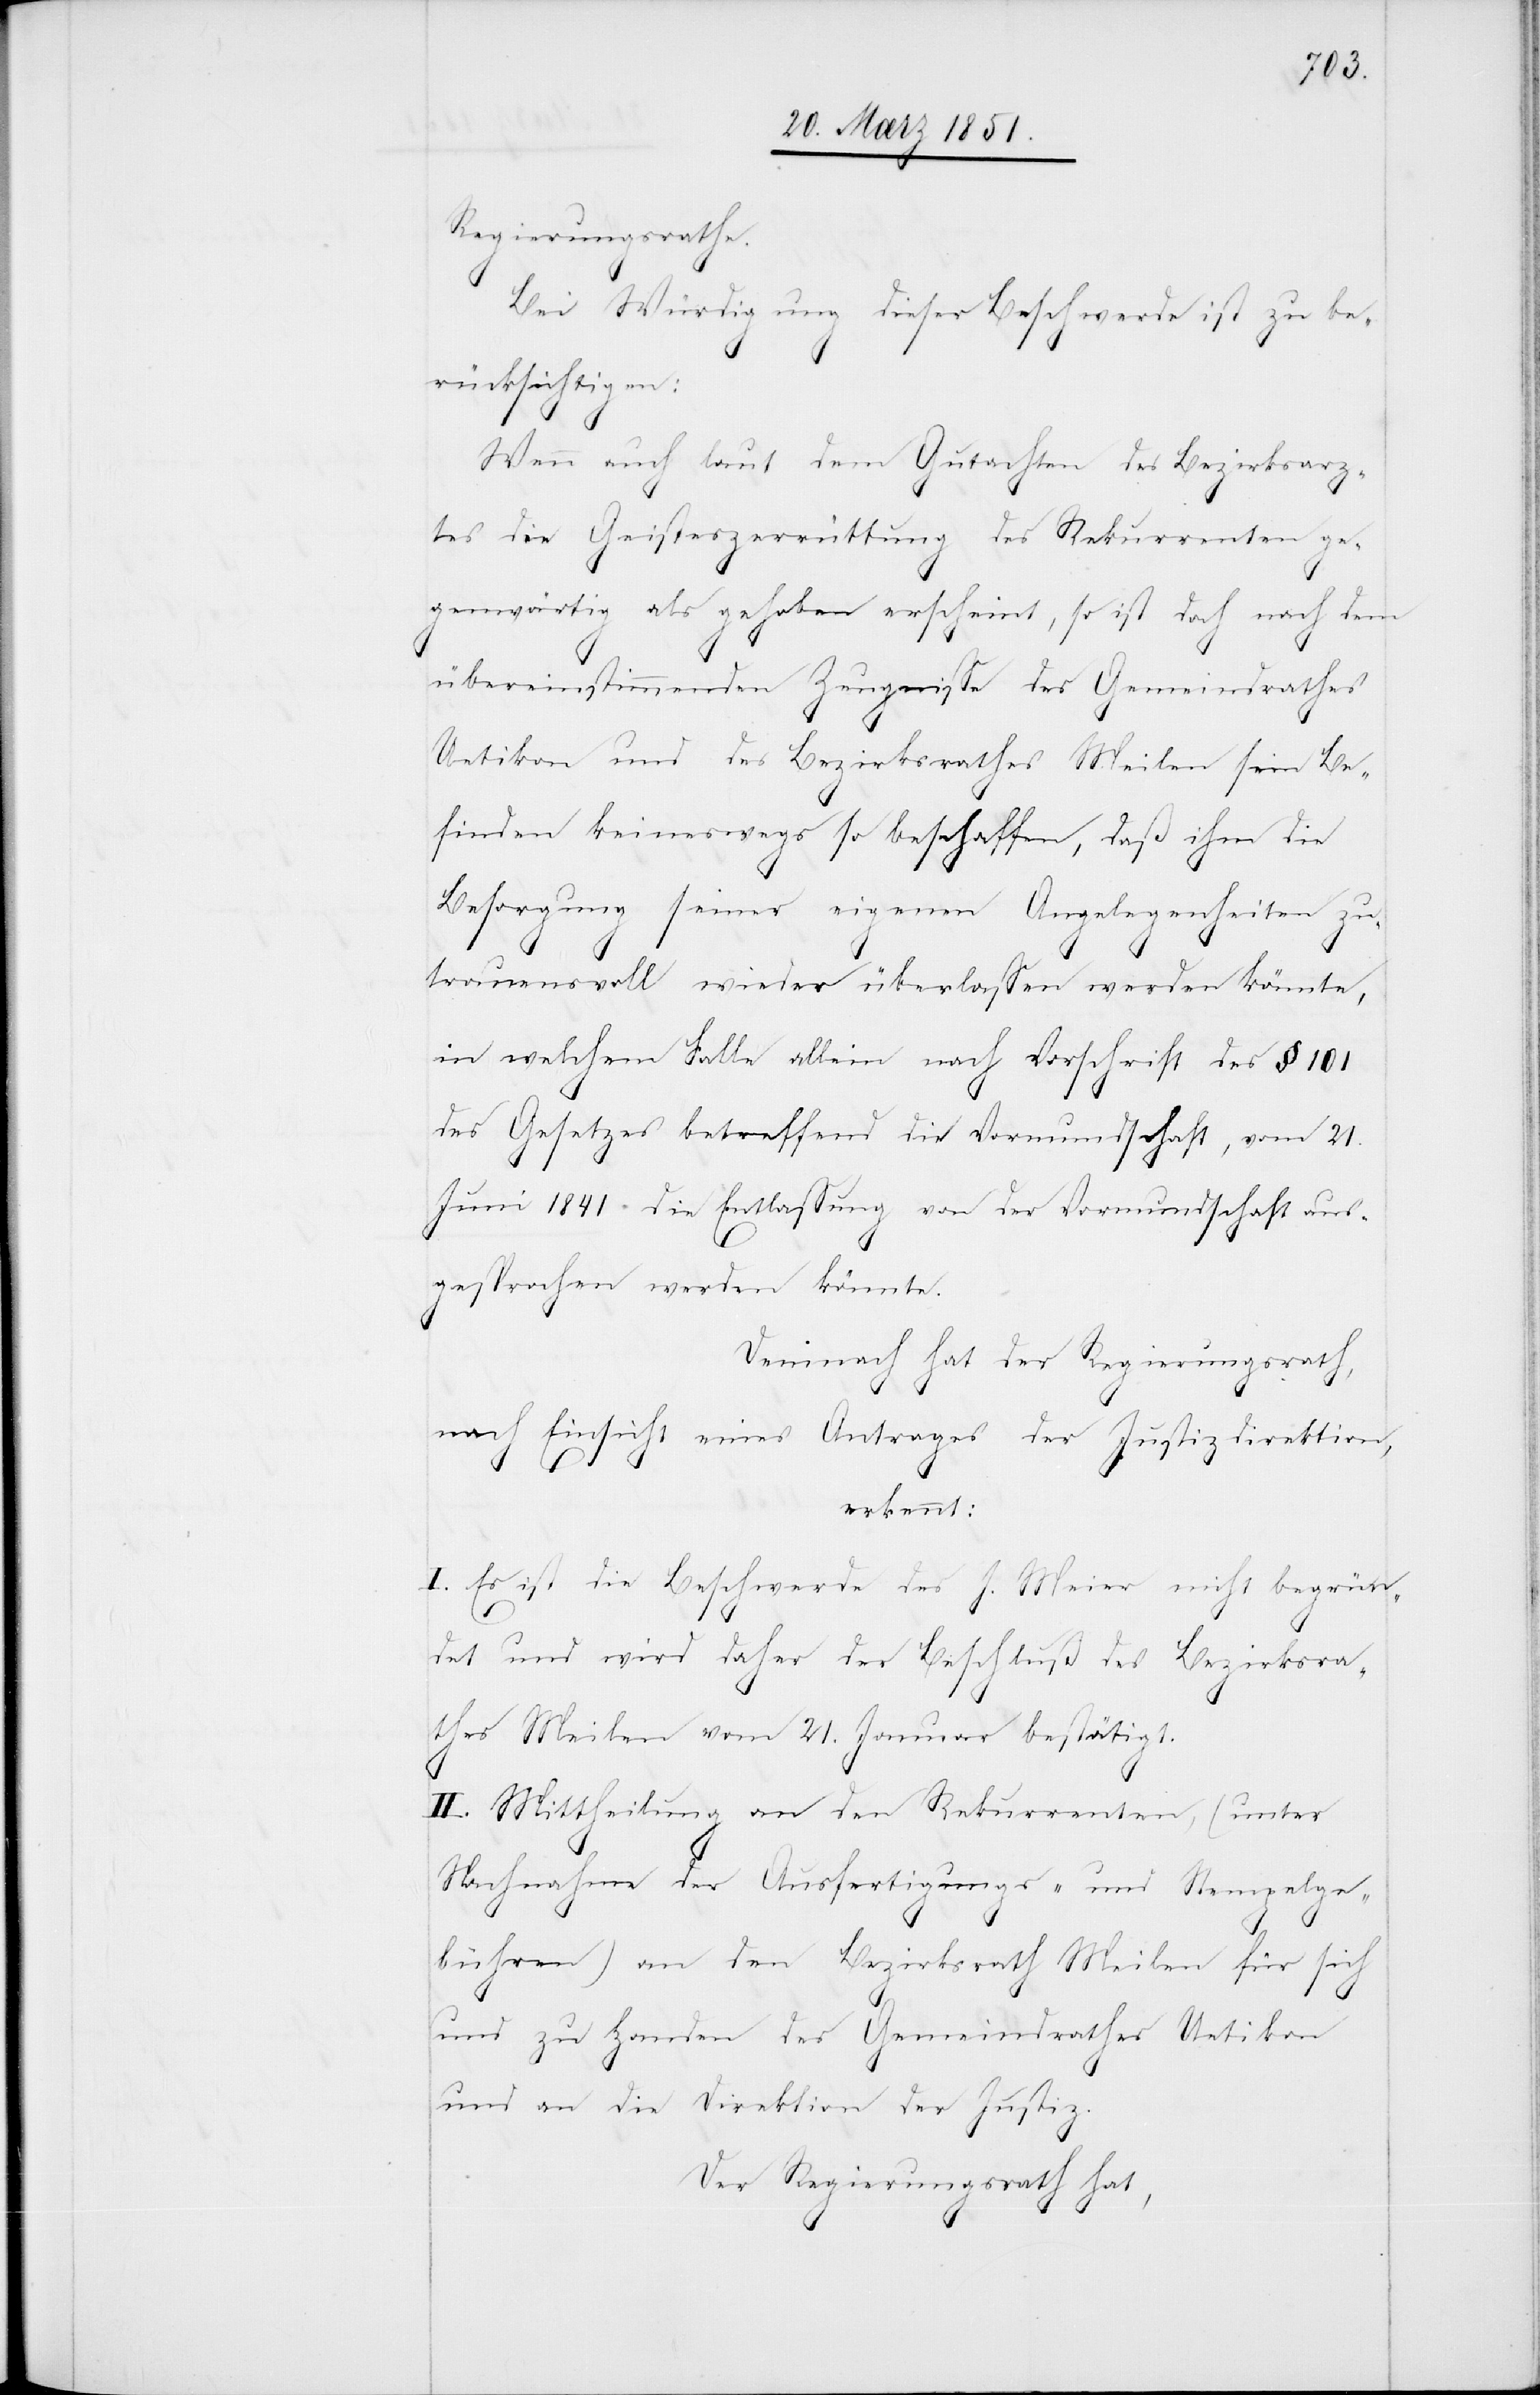
Regierungsrathe.
Bei Würdigung dieser Beschwerde ist zu be¬
rücksichtigen:
Wenn auch laut dem Gutachten des Bezirksarz¬
tes die Geisteszerrüttung des Rekurrenten ge¬
genwärtig als gehoben erscheint, so ist doch nach dem
übereinstimmenden Zeugnisse des Gemeindrathes
Uetikon und des Bezirksrathes Meilen sein Be¬
finden keineswegs so beschaffen, daß ihm die
Besorgung seiner eigenen Angelegenheiten zu¬
trauensvoll wieder überlassen werden könnte,
in welchem Falle allein nach Vorschrift des § 101
des Gesetzes betreffend die Vormundschaft, vom 21.
Juni 1841 die Entlassung von der Vormundschaft aus¬
gesprochen werden könnte.
Demnach hat der Regierungsrath,
nach Einsicht eines Antrages der Justizdirektion,
erkennt:
I. Es ist die Beschwerde des J. Meier nicht begrün¬
det und wird daher der Beschluß des Bezirksra¬
thes Meilen vom 21. Januar bestätigt.
II. Mittheilung an den Rekurrenten, (unter
Nachnahme der Ausfertigungs- und Stempelge¬
bühren) an den Bezirksrath Meilen für sich
und zu Handen des Gemeindrathes Uetikon
und an die Direktion der Justiz.
Der Regierungsrath hat,